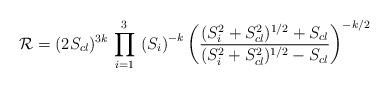
LaTeX: \begin{align*}{\cal R}=(2 S_{cl} )^{3 k} \, \prod_{i=1}^3 \, \left( S_i \right)^{-k} \left( \frac{ ( S_i^2+S_{cl}^2)^{1/2} + S_{cl} }{ ( S_i^2+S_{cl}^2)^{1/2} - S_{cl} } \right)^{-k/2}\end{align*}